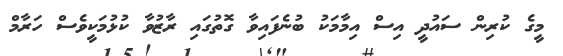
މީގެ ކުރިން ސައުދީ އިސް އިމާމަކު ބުނެފައިވާ ގޮތުގައި ރާޒުވާ ކުޅުމަކީވެސް ހަރާމް